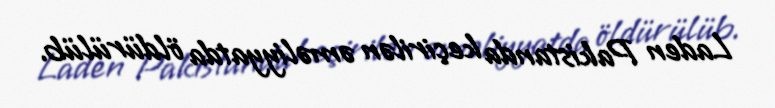
Laden Pakistanda keçirilən əməliyyatda öldürülüb.